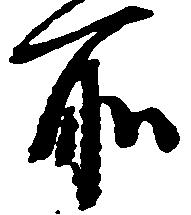
所